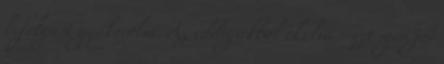
befolyast gyakorolni. Az eddigiekbol okulva - ezt igen jol